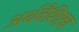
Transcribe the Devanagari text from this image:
अर्थवैशिष्ट्य